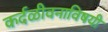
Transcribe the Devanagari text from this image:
कर्दळीवनाविषयी